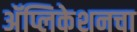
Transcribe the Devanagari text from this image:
अॅप्लिकेशनचा